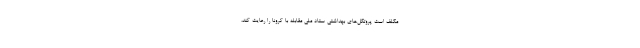
مکلف است پروتکل‌های بهداشتی ستاد ملی مقابله با کرونا را رعایت کند،